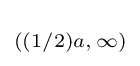
\scriptstyle ((1/2)a,\,\infty )